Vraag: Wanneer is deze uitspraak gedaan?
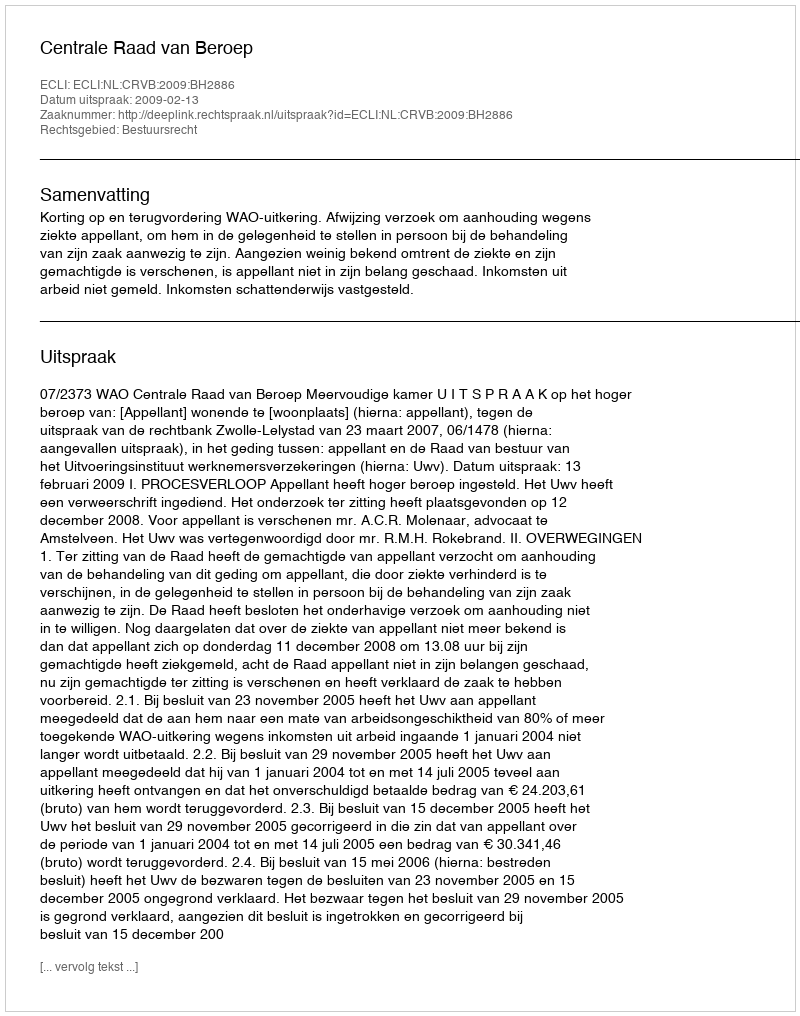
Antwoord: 2009-02-13